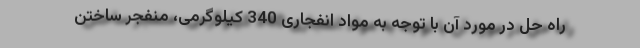
راه حل در مورد آن با توجه به مواد انفجاری 340 کیلوگرمی، منفجر ساختن